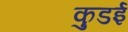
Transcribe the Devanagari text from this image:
कुडई